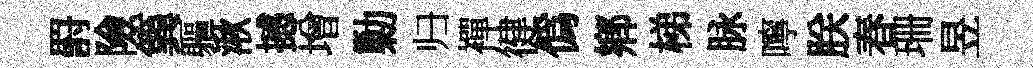
罸險簨軀湫撼增勦归襌徤偽鄕梯脉嚀朕春珊昱